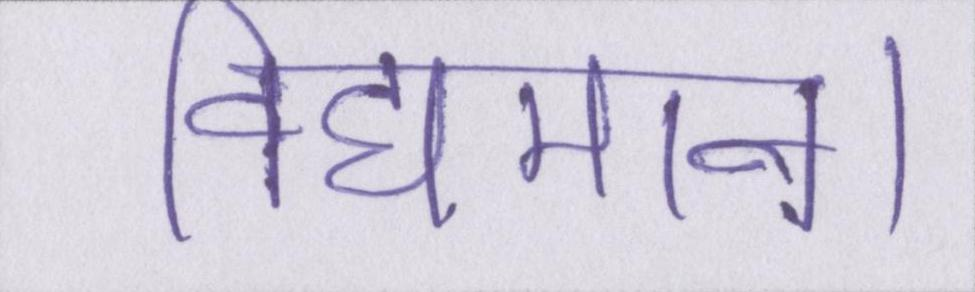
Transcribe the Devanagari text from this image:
विद्यमान।